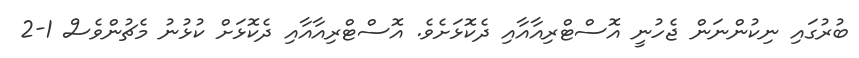
ބުރުގައި ނިކުންނަން ޖެހުނީ އޮސްޓްރިއާއާއި ދެކޮޅަށެވެ. އޮސްޓްރިއާއާއި ދެކޮޅަށް ކުޅުނު މެޗުންވެސް 1-2